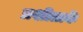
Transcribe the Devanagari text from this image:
प्रशीताकें